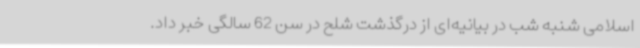
اسلامی شنبه شب در بیانیه‌ای از درگذشت شلح در سن 62 سالگی خبر داد.